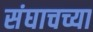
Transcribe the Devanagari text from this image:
संघाचच्या